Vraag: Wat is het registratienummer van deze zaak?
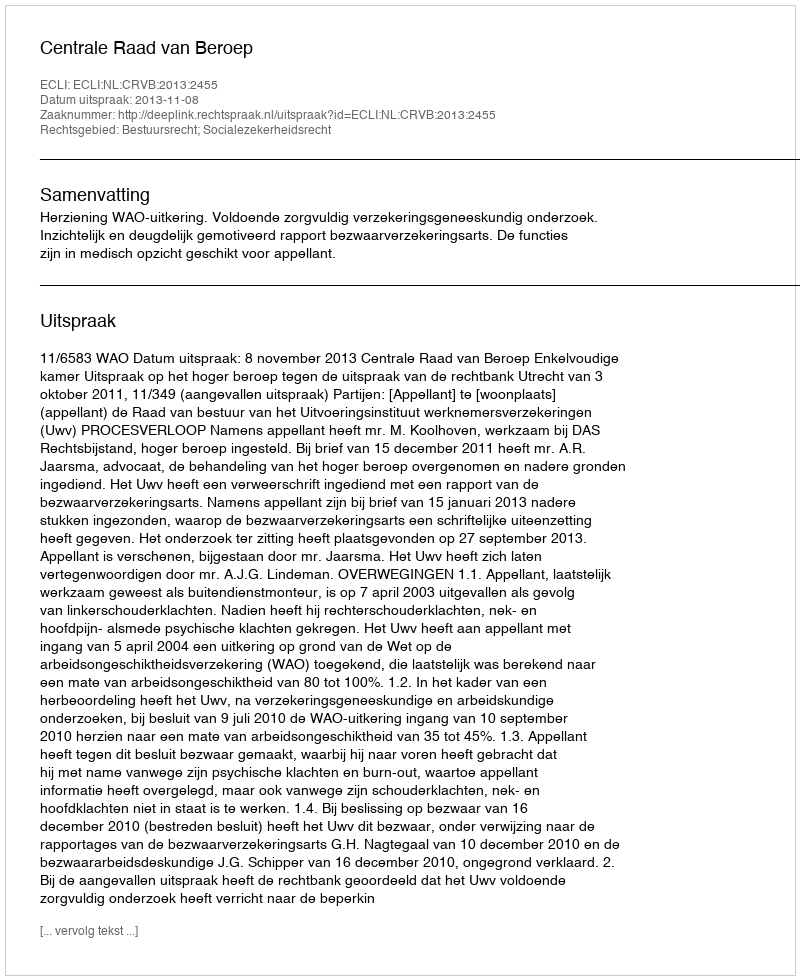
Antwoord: http://deeplink.rechtspraak.nl/uitspraak?id=ECLI:NL:CRVB:2013:2455